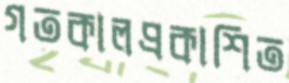
গতকালপ্রকাশিত